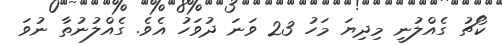
ކޯޗު ގެއްލުނީ މިދިޔަ މަހު 23 ވަނަ ދުވަހު އެވެ. ގެއްލުނުތާ ނުވަ